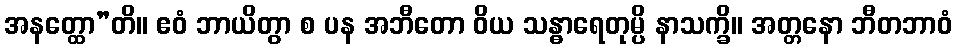
အနတ္ထော”တိ။ ဧဝံ ဘာယိတွာ စ ပန အဘီတော ဝိယ သန္ဓာရေတုမ္ပိ နာသက္ခိ။ အတ္တနော ဘီတဘာဝံ